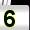
Digit: 5